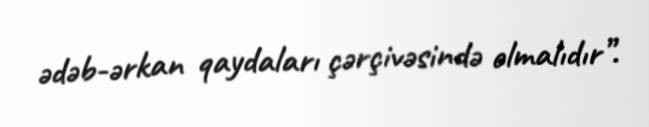
ədəb-ərkan qaydaları çərçivəsində olmalıdır”.